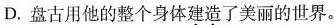
D.盘古用他的整个身体建造了美丽的世界。